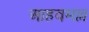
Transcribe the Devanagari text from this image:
आहवमल्ल